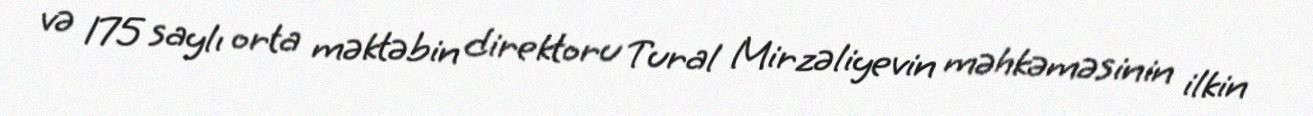
və 175 saylı orta məktəbin direktoru Tural Mirzəliyevin məhkəməsinin ilkin